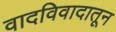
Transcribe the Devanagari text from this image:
वादविवादातून